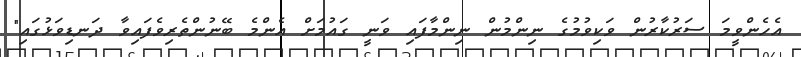
އެހެންވީމަ ސަރުކާރުން ވަކިވުމުގެ ނިންމުން ނިންމާފައި ވަނީ ގައުމަށް އެންމެ ބޭނުންތެރިވެފައިވާ ދަނޑިވަޅުގައި"